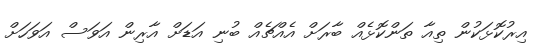
އިރުކޮޅަކުން ތިއާ ތަންކޮޅެއް ބާރަށް އެއްޗެއް ބުނި އަޑަށް އާރިން އަވަސް އަވަހަށް